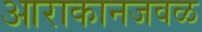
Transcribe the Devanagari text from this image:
आराकानजवळ